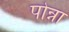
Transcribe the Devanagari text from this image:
पोन्ना